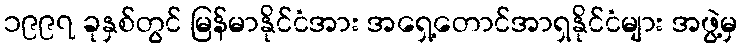
၁၉၉၇ ခုနှစ်တွင် မြန်မာနိုင်ငံအား အရှေ့တောင်အာရှနိုင်ငံများ အဖွဲ့မှ